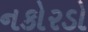
નકોરડો